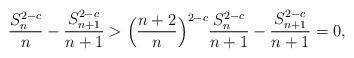
LaTeX: \begin{align*}\frac{S_n^{2-c}}{n}-\frac{S_{n+1}^{2-c}}{n+1}& > \Big(\frac{n+2}{n}\Big)^{2-c}\frac{S_n^{2-c}}{n+1}-\frac{S_{n+1}^{2-c}}{n+1}=0,\end{align*}